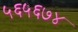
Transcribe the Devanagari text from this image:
५६५६७४